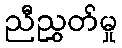
ညီညွှတ်မှု